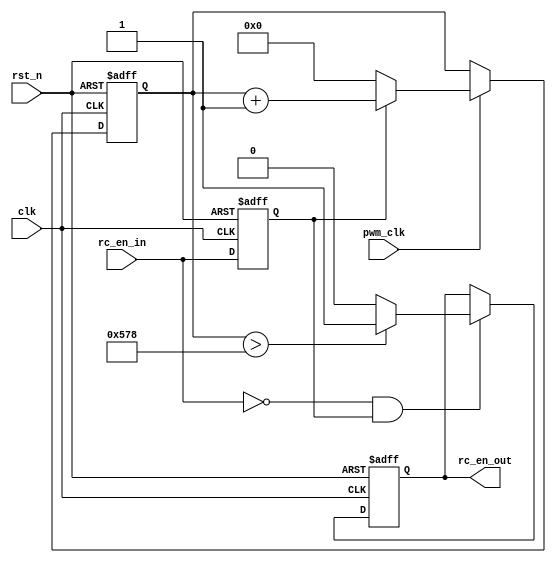
/***************************************************************************************************************
--Module Name:  rc_en_process
--Author     :  Jin
--Description:  generate switching rc_en_out signal from pwm rc_en_in
                
--History    :  2015-12-28  Created by Jin.                          

***************************************************************************************************************/
`timescale 1ns/100ps

module rc_en_process
(  input  wire       clk  ,
   input  wire       rst_n,
	input  wire       pwm_clk,        // 1MHz clock to sample pwm pulse
	
	input  wire       rc_en_in,       // pwm signal,14ms period,pulse width 1.1ms---1.9ms
	output reg        rc_en_out       // high level active

);
//-------------------------------------------------------------------------------------------------------------
  reg           rc_in_buf;
  reg  [15:0]   sample_cnt  ;
  wire          negedge_rc_in;
//-------------------------------------------------------------------------------------------------------------
  always @ (posedge clk or negedge rst_n)
    if(!rst_n)
	    rc_in_buf <= 1'b0;
	 else
	    rc_in_buf <= rc_en_in;
			
  assign negedge_rc_in = (~rc_en_in)&rc_in_buf;
//-------------------------------------------------------------------------------------------------------------  
    /* sampling  pwm pulse at 1us resolution */
	 
  always @ (posedge clk or negedge rst_n)
    if(!rst_n )
	    sample_cnt <= 16'd0;
	 else if(pwm_clk)  
	    begin
	      if(rc_in_buf)
	        sample_cnt <= sample_cnt + 16'd1;
			else
			  sample_cnt <= 16'd0;
		 end
//------------------------------------------------------------------------------------------------------------- 
	always @ (posedge clk or negedge rst_n)
	  if(!rst_n)
	     rc_en_out <= 1'd0;
	  else if(negedge_rc_in)  //load pwm pulse width at falling edge
	     begin
		    if(sample_cnt>1400)
	          rc_en_out <= 1'b1;
			 else
			    rc_en_out <= 1'b0;
		  end
//-------------------------------------------------------------------------------------------------------------


endmodule